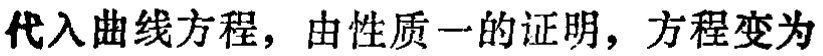
代入曲线方程，由性质一的证明，方程变为